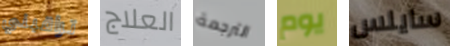
تراقبني العلاج الترجمة يوم سايلس